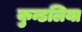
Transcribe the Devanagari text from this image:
कुन्डलिया